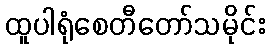
ထူပါရုံစေတီတော်သမိုင်း